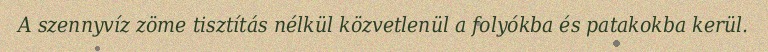
A szennyvíz zöme tisztítás nélkül közvetlenül a folyókba és patakokba kerül.